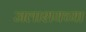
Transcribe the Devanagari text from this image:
जलाशयच्या